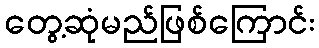
တွေ့ဆုံမည်ဖြစ်ကြောင်း